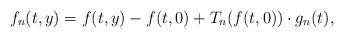
LaTeX: \begin{align*}f_n(t,y)=f(t,y)-f(t,0)+T_n(f(t,0))\cdot g_n(t),\end{align*}